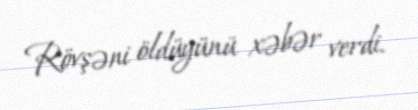
Rövşəni öldüyünü xəbər verdi.